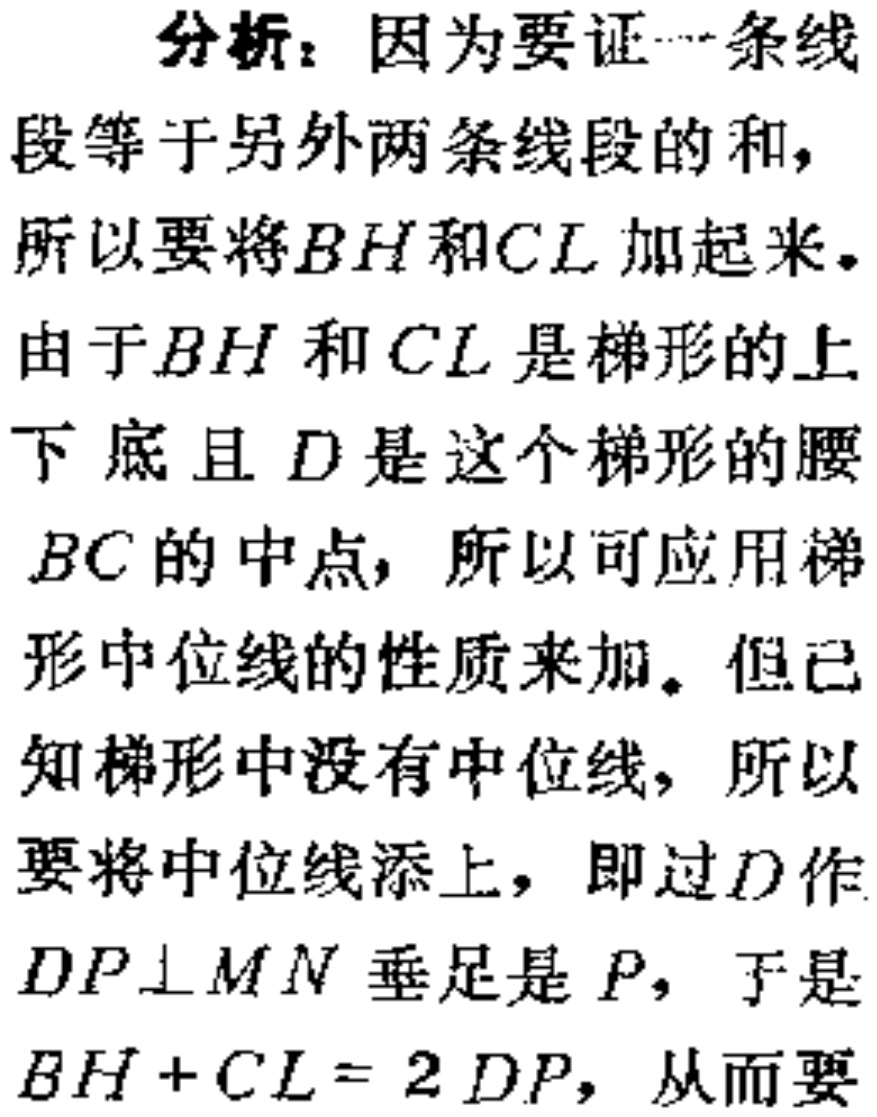
分析：因为要证一条线
段等于另外两条线段的和，
所以要将\(BH\)和\(CL\)加起来。
由于\(BH\)和\(CL\)是梯形的上
下底且 \(D\)是这个梯形的腰
\(BC\)的中点，所以可应用梯
形中位线的性质来加。但已
知梯形中没有中位线，所以
要将中位线添上，即过\(D\)作
\(DP\perp MN\)垂足是\(P\)，于是
\(BH + CL = 2DP\)，从而要